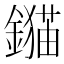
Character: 𨭈